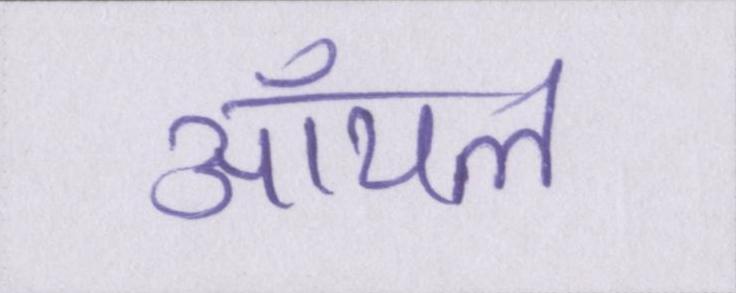
ऑयल